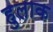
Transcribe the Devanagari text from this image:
हुलाक